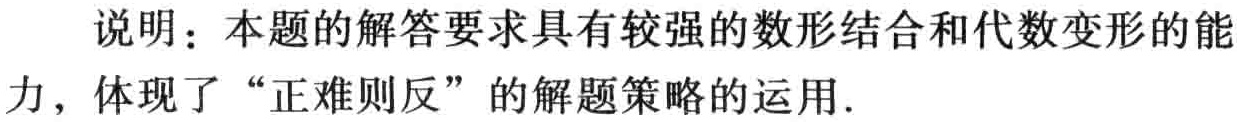
说明：本题的解答要求具有较强的数形结合和代数变形的能

力，体现了“正难则反”的解题策略的运用.